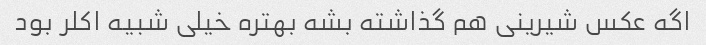
اگه عکس شیرینی هم گذاشته بشه بهتره خیلی شبیه اکلر بود